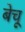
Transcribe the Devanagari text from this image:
बेचू